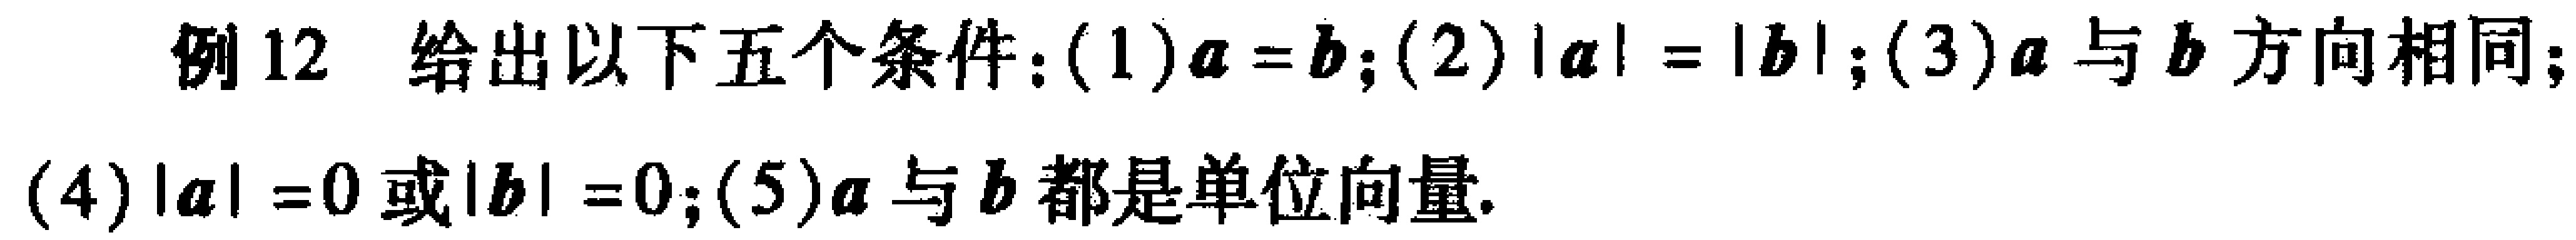
例12 给出以下五个条件：(1)$\boldsymbol{a}=\boldsymbol{b}$；(2)$|\boldsymbol{a}| = |\boldsymbol{b}|$；(3)$\boldsymbol{a}$与$\boldsymbol{b}$方向相同；(4)$|\boldsymbol{a}| = 0$或$|\boldsymbol{b}| = 0$；(5)$\boldsymbol{a}$与$\boldsymbol{b}$都是单位向量.